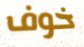
خوف